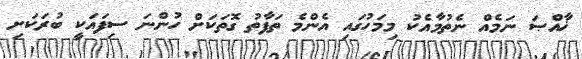
ޚާއްޞަ ނަމެއް ނެތުމާއެކު މިމަހުގައި އެންމެ ތަފާތު ގޮތަކަށް ހުންނަ ސިފައަކީ ބުރަކަށި